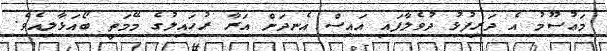
މަޢުސޫމު އެ ދަރިފުޅު ދުވެލާފައި އައިސް އެނދަށް އަރާ ރުހައިލުގެ މޭމަތީ ބޯއަޅާލިއެވެ.